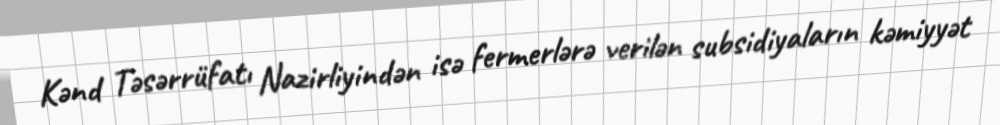
Kənd Təsərrüfatı Nazirliyindən isə fermerlərə verilən subsidiyaların kəmiyyət